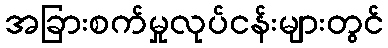
အခြားစက်မှုလုပ်ငန်းများတွင်